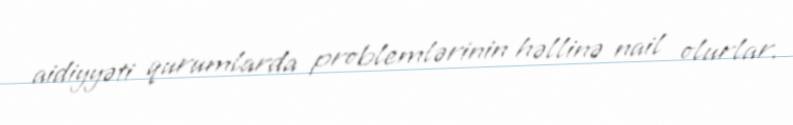
aidiyyəti qurumlarda problemlərinin həllinə nail olurlar.